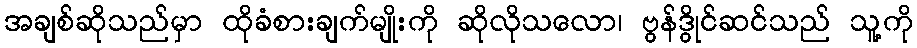
အချစ်ဆိုသည်မှာ ထိုခံစားချက်မျိုးကို ဆိုလိုသလော၊ ဗွန်ဒွိုင်ဆင်သည် သူ့ကို